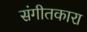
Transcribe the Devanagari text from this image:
संगीतकारा